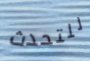
للتحدث